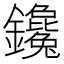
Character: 鑱